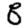
Digit: 8